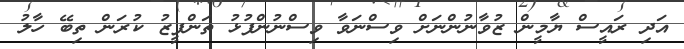
އަދި ރައީސް ޔާމީން ޒުވާނުންނަށް ވިސްނަވާ ވިސްނުންފުޅު ތަންފީޒު ކުރަން ތިބޭ ހާލު